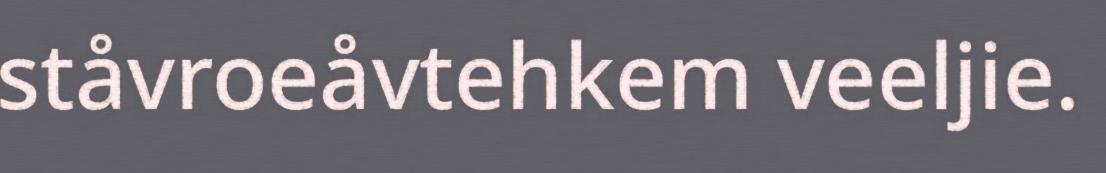
ståvroeåvtehkem veeljie.